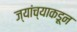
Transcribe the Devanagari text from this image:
ज्यांच्याकडून